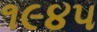
૧૯૪૫